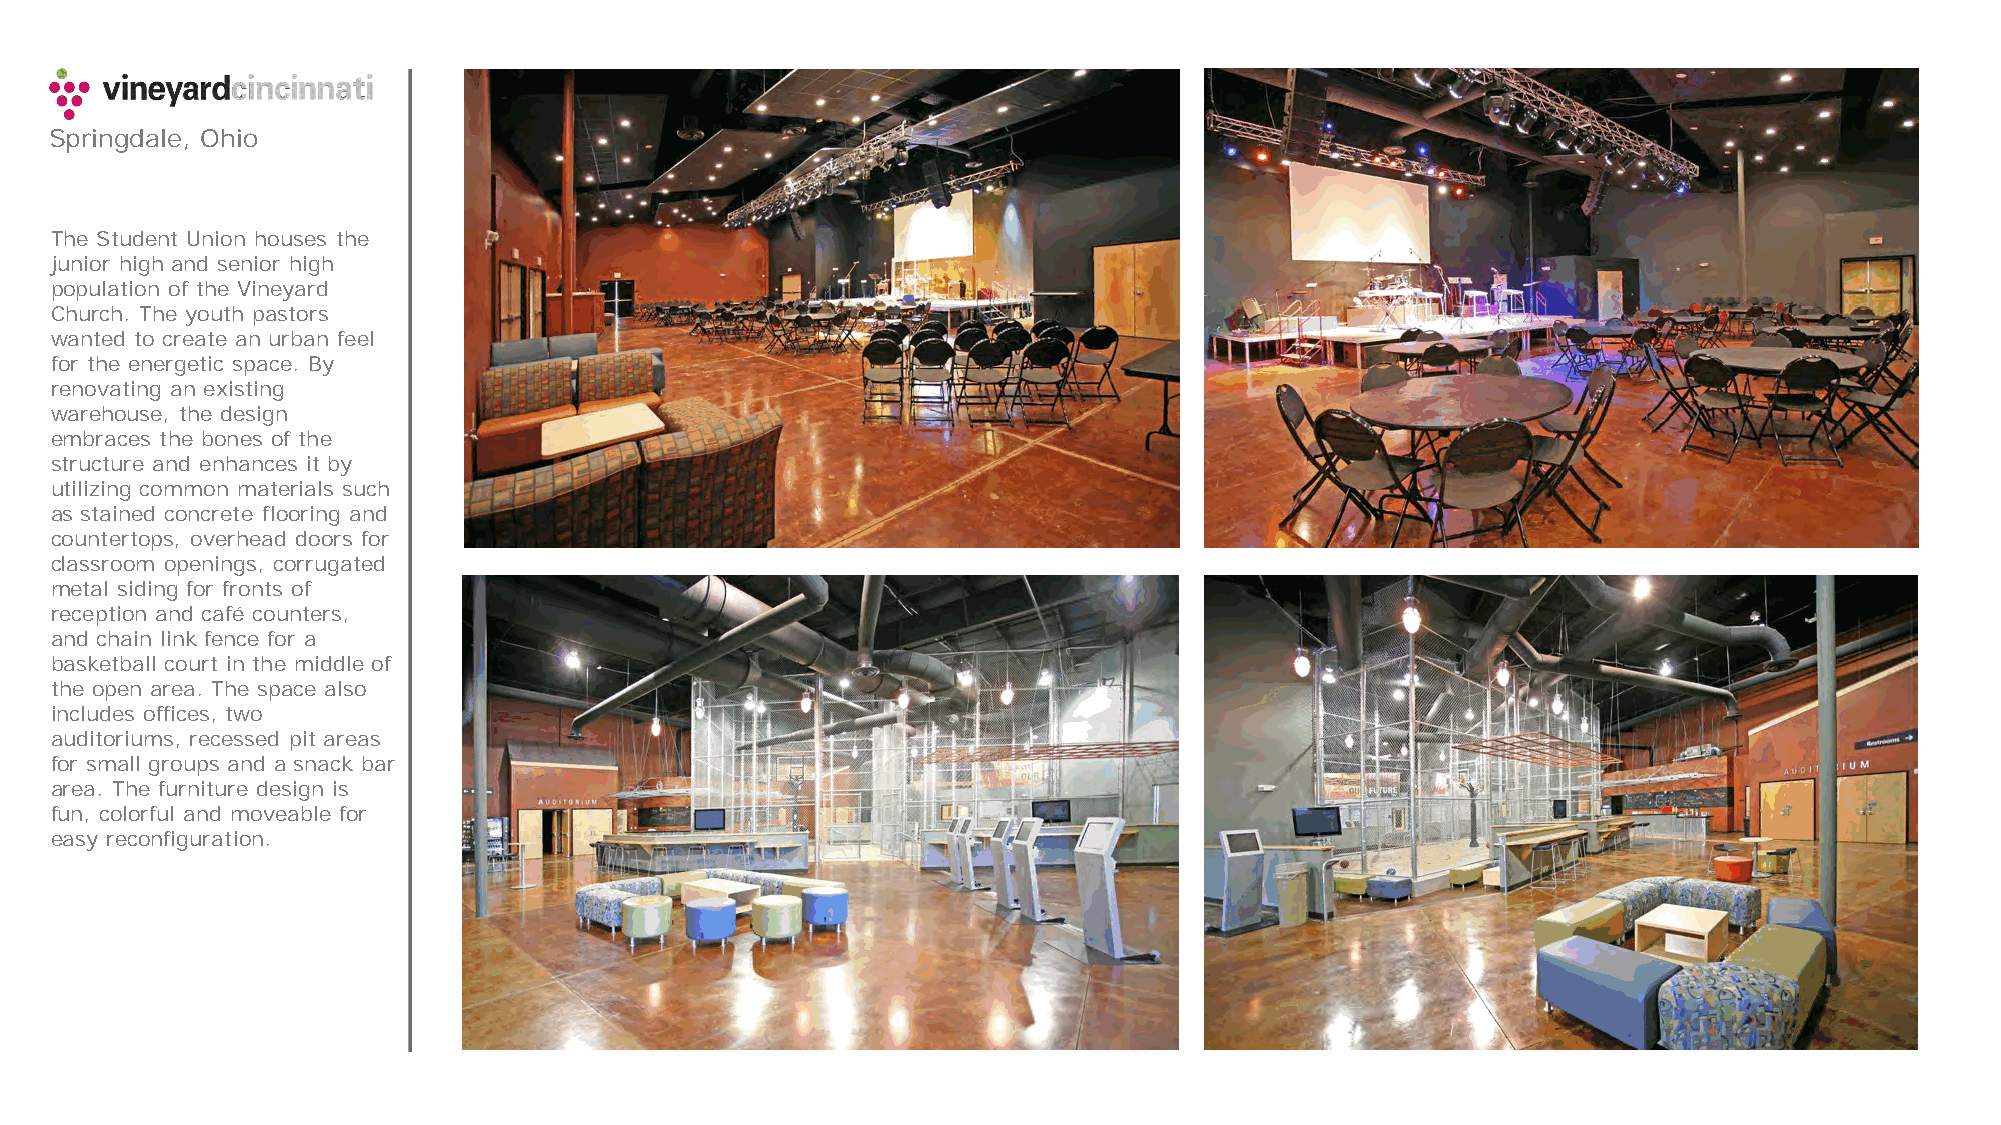
Springdale, Ohio
 The Student Union houses the
 junior high and senior high
 population of the Vineyard
 Church. The youth pastors
 wanted to create an urban feel
 for the energetic space. By
 renovating an existing
 warehouse, the design
 embraces the bones of the
 structure and enhances it by
 utilizing common materials such
 as stained concrete flooring and
 countertops, overhead doors for
 classroom openings, corrugated
 metal siding for fronts of
 reception and café counters,
 and chain link fence for a
 basketball court in the middle of
 the open area. The space also
 includes offices, two
 auditoriums, recessed pit areas
 for small groups and a snack bar
 area. The furniture design is
 fun, colorful and moveable for
 easy reconfiguration.